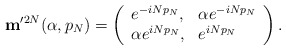
\begin{align*}{\mathbf m}'^{2N}(\alpha,p_N)=\left( \begin{array}{ll} e^{-iN p_N}, & \alpha e^{-i N p_N}\\ \alpha e^{iN p_N}, & e^{iN p_N} \end{array} \right) .\end{align*}